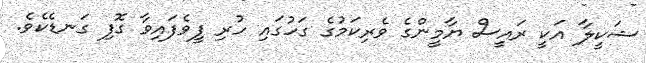
ޝަކީލާ އަކީ ރައީސް ޔާމީންގެ ވެރިކަމުގެ ގަހުގައި ހުރި ފީވެފައިވާ ގޮފި ގަނޑެކެވެ.